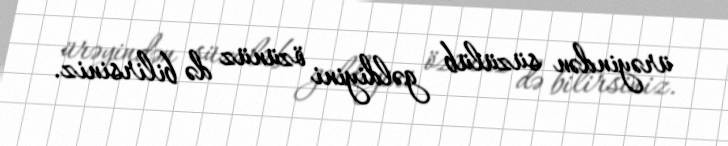
ürəyindən süzülüb gəldiyini özünüz də bilirsiniz.